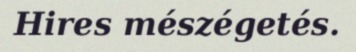
Hires mészégetés.